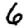
Digit: 6